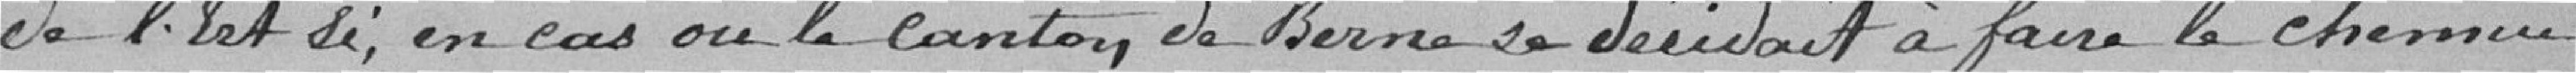
de l'Est si, en cas où le canton de Berne se décidait à faire le chemin